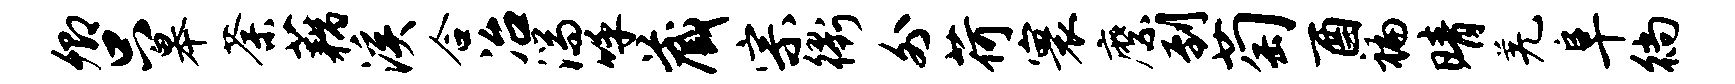
卿只皋荼藕溪合冶湍呼藏宗衢外荷寰縻到萄酉褊晴羌阜徜